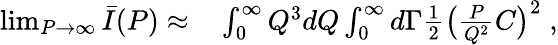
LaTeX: \begin{array}{rl}{\operatorname*{lim}_{P\to\infty}\bar{I}(P)\approx}&{{}\int_{0}^{\infty}Q^{3}dQ\int_{0}^{\infty}d\Gamma\frac 12\big(\frac{P}{Q^{2}}C\big)^{2}\; ,}\end{array}